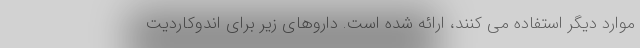
موارد دیگر استفاده می کنند، ارائه شده است. داروهای زیر برای اندوکاردیت